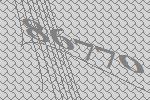
86770